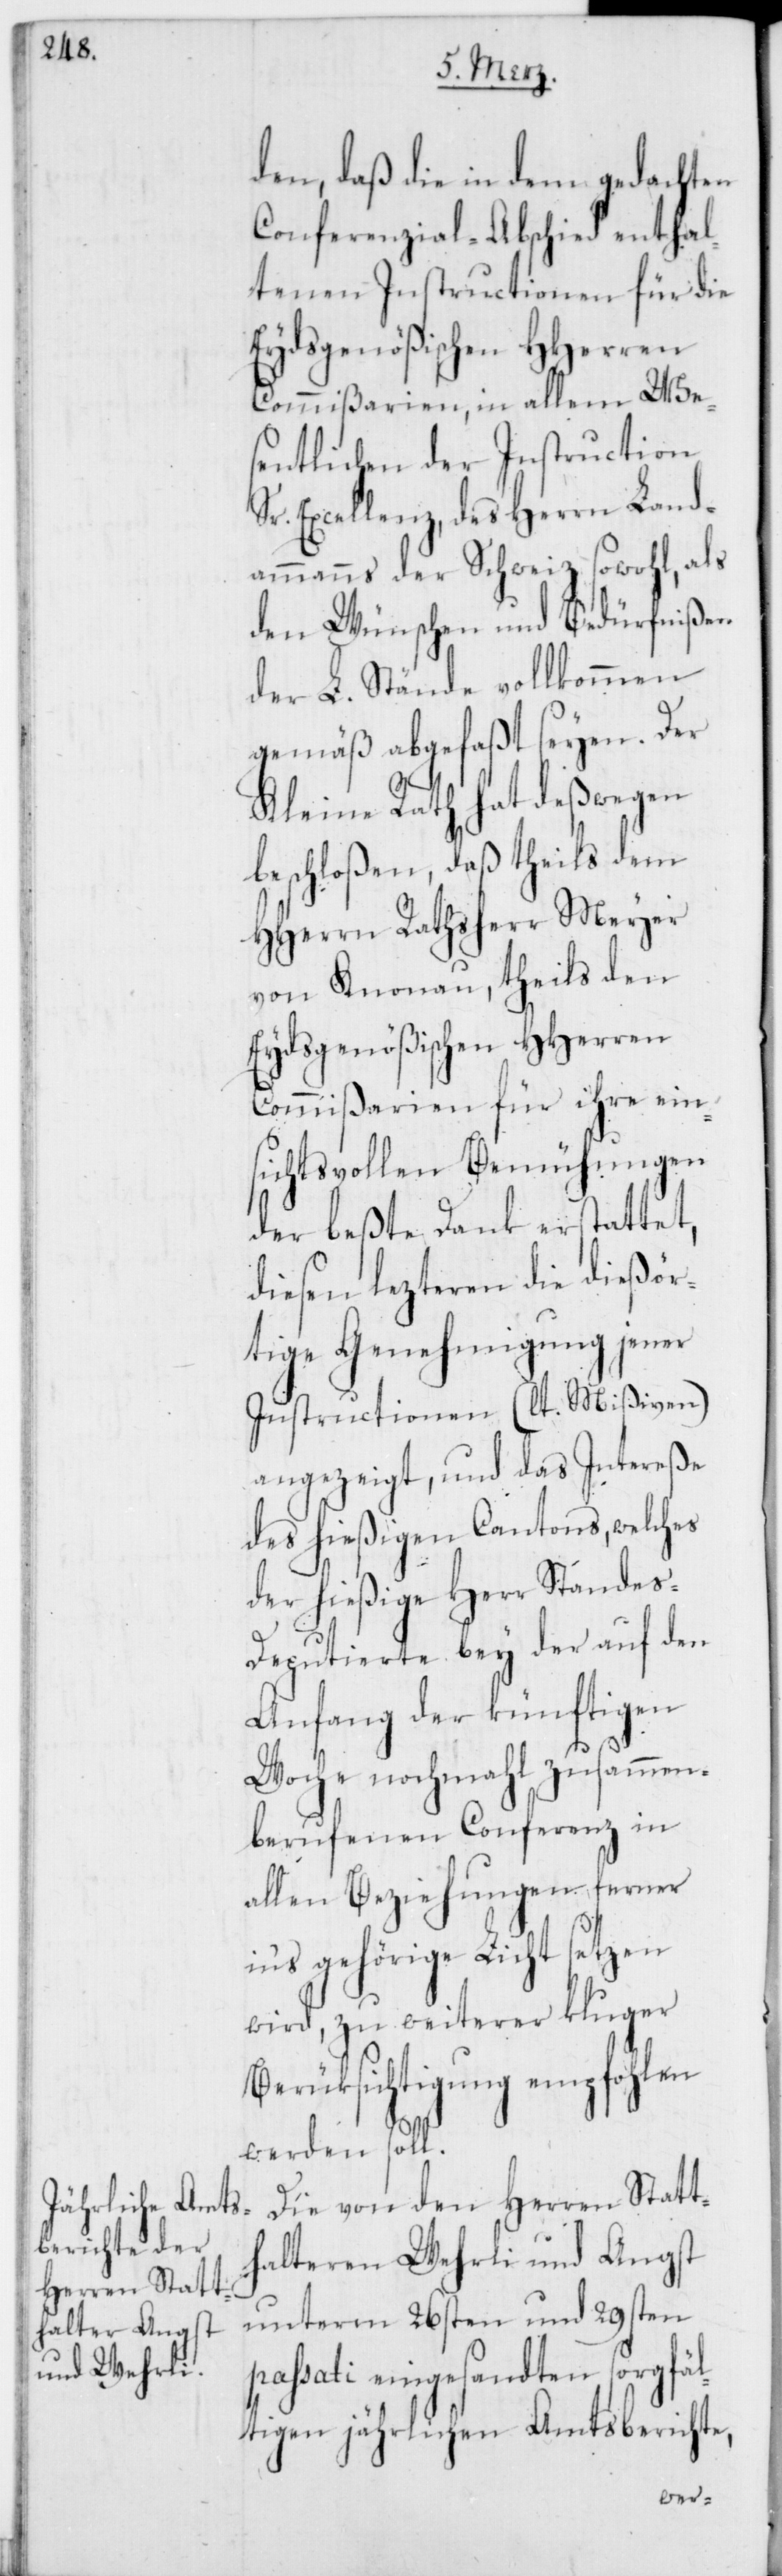
den, daß die in dem gedachten
Conferenzial-Abschied enthal¬
tenen Instructionen für die
Eydsgenößischen HHerren
Commißarien, in allem we¬
sentlichen der Instruction
Sr. Excellenz, des Herrn Land¬
ammanns der Schweiz sowohl, als
den Wünschen und Bedürfnißen
der L. Stände vollkommen
gemäß abgefaßt seyen. Der
Kleine Rath hat deßwegen
beschloßen, daß theils dem
HHerrn Rathsherr Meyer
von Knonau, theils den
Eydsgenößischen HHerren
Commißarien für ihre ein¬
sichtsvollen Bemühungen
der beßte Dank erstattet,
diesen lezteren die dießör¬
tige Genehmigung jener
Instructionen (lt. Mißiven)
angezeigt, und das Intereße
des hießigen Cantons, welches
der hießige Herr Standes-D¬
eputierte bey der auf den
Anfang der künftigen
Woche nochmahl zusammen¬
berufenen Conferenz in
allen Beziehungen ferner
in‘s gehörige Licht setzen
wird, zu weiterer kluger
Berüksichtigung empfohlen
werden soll.
Die von den Herren Statt¬
halteren Wehrli und Angst
unterm 26sten und 29sten
passati eingesandten sorgfäl¬
tigen jährlichen Amtsberichte,